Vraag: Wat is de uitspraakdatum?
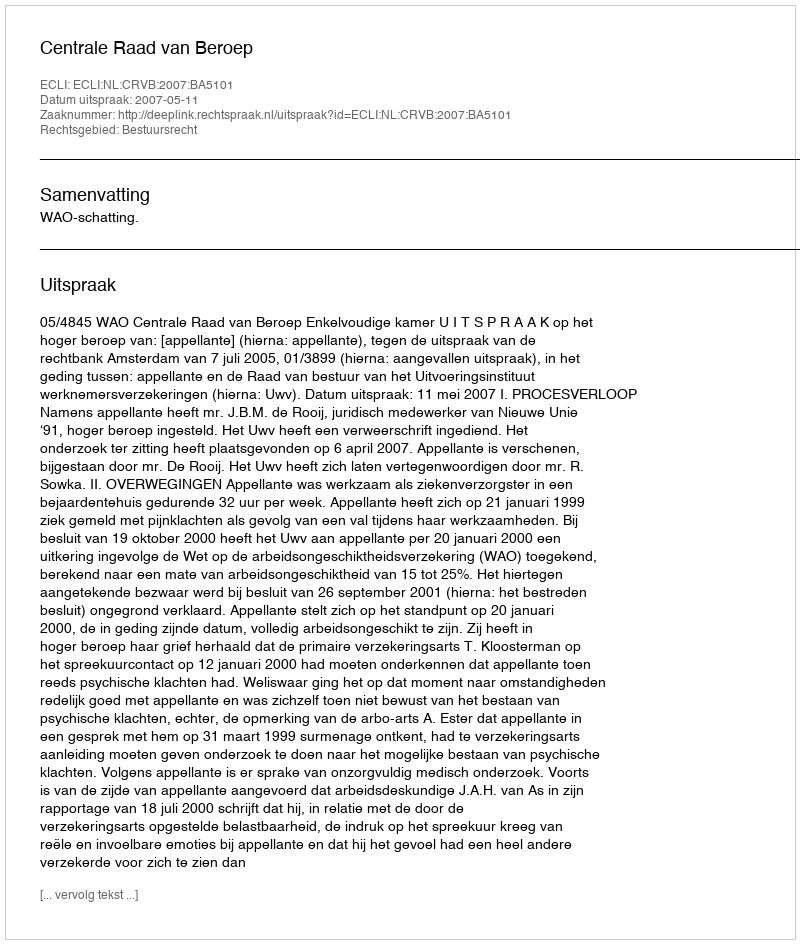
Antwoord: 2007-05-11